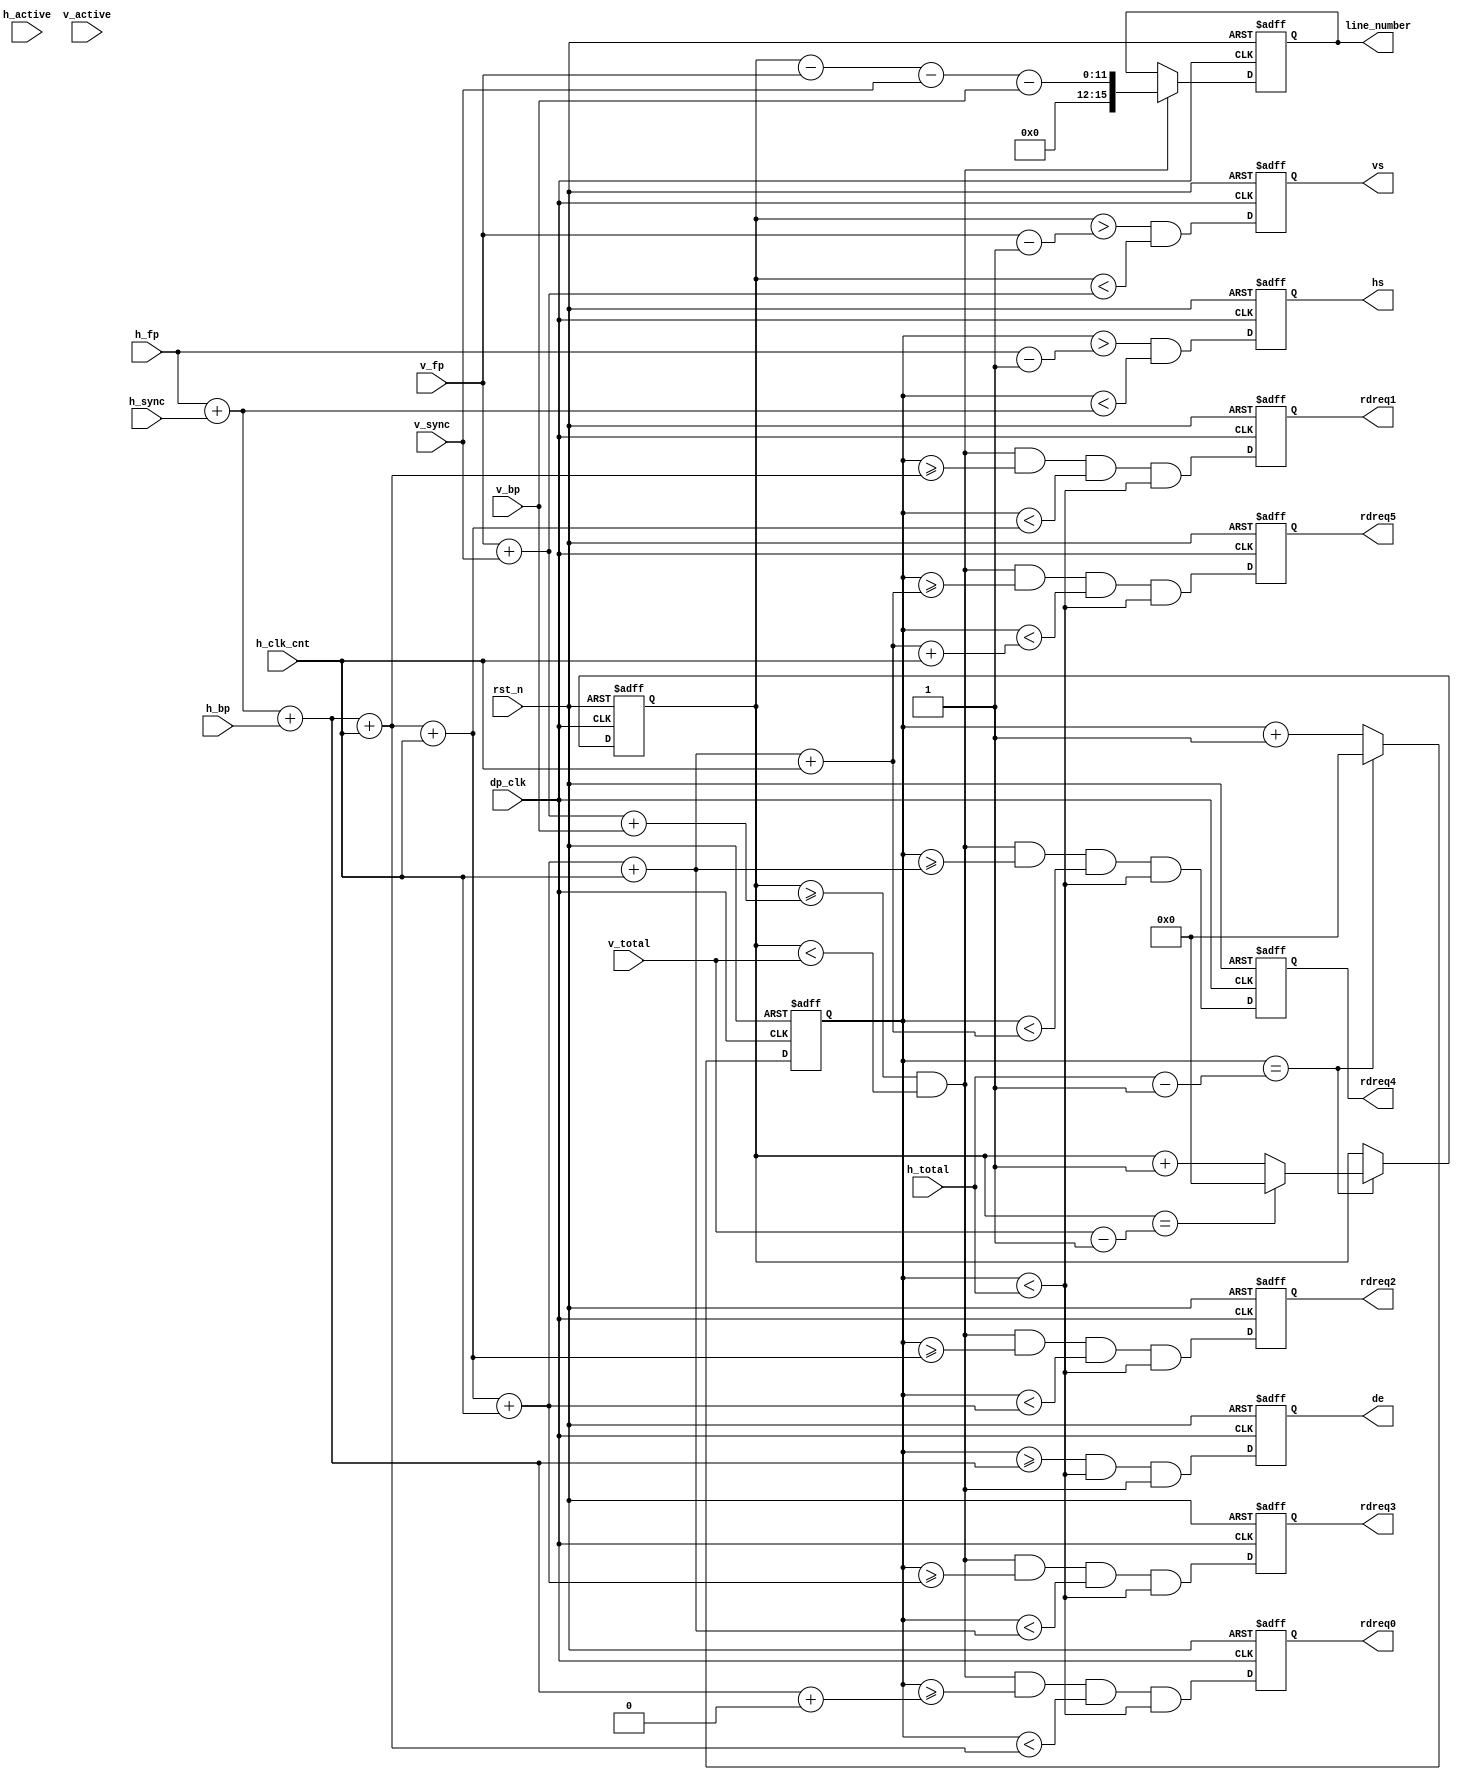
/*******************************************************/
/****                                                  */
/****	*****/
/****                                                  */
/*******************************************************/
/*


*/
module vout_display_timing(
	input rst_n,               /* */
	input dp_clk,              /**/
	input[11:0] h_fp,          /* */
	input[11:0] h_sync,        /* */
	input[11:0] h_bp,          /* */
	input[11:0] h_active,      /* */
	input[11:0] h_total,       /* */
	input[11:0] v_fp,          /**/
	input[11:0] v_sync,        /**/
	input[11:0] v_bp,          /* */
	input[11:0] v_active,      /* */
	input[11:0] v_total,       /* */
	input[11:0] h_clk_cnt,
	output reg rdreq0,
	output reg rdreq1,
	output reg rdreq2,
	output reg rdreq3,
	output reg rdreq4,
	output reg rdreq5,
	output reg[15:0] line_number,
	output hs,                 /* */
	output vs,                 /* */
	output de                  /**/
);
reg[11:0] h_cnt = 12'd0;
reg[11:0] v_cnt = 12'd0;


//parameter PORTLEN = 12'd400;
wire rdreq0_w;
wire rdreq1_w;
wire rdreq2_w;
wire rdreq3_w;
wire rdreq4_w;
wire rdreq5_w;

reg hs_reg;
reg vs_reg;
reg de_reg;

wire hs_net;
wire vs_net;
wire de_net;
wire v_video;
wire h_video;

assign hs_net = (h_cnt > h_fp - 12'd1) && (h_cnt < h_fp + h_sync);/**/
assign h_video = (h_cnt >= h_fp + h_sync + h_bp) && (h_cnt < h_total);
assign v_video = (v_cnt >= v_fp + v_sync + v_bp) && (v_cnt < v_total);
assign vs_net = (v_cnt > v_fp - 12'd1) && (v_cnt < v_fp + v_sync);/**/
assign de_net = h_video && v_video;/**/
assign hs = hs_reg;
assign vs = vs_reg;
assign de = de_reg;

//reg[15:0] line_number; // = v_cnt - v_fp - v_sync - v_bp;

assign rdreq0_w = v_video && (h_cnt >= h_fp + h_sync + h_bp + 12'd0) && ( h_cnt < h_fp + h_sync + h_bp + h_clk_cnt) && (h_cnt < h_total);
assign rdreq1_w = v_video && (h_cnt >= h_fp + h_sync + h_bp + h_clk_cnt) && (h_cnt < h_fp + h_sync + h_bp + h_clk_cnt + h_clk_cnt) && (h_cnt < h_total);
assign rdreq2_w = v_video && (h_cnt >= h_fp + h_sync + h_bp + h_clk_cnt + h_clk_cnt) && (h_cnt < h_fp + h_sync + h_bp + h_clk_cnt + h_clk_cnt + h_clk_cnt) && (h_cnt < h_total);
assign rdreq3_w = v_video && (h_cnt >= h_fp + h_sync + h_bp + h_clk_cnt + h_clk_cnt + h_clk_cnt) && (h_cnt < h_fp + h_sync + h_bp + h_clk_cnt + h_clk_cnt + h_clk_cnt + h_clk_cnt) && (h_cnt < h_total);
assign rdreq4_w = v_video && (h_cnt >= h_fp + h_sync + h_bp + h_clk_cnt + h_clk_cnt + h_clk_cnt + h_clk_cnt) && (h_cnt < h_fp + h_sync + h_bp + h_clk_cnt + h_clk_cnt + h_clk_cnt + h_clk_cnt + h_clk_cnt) && (h_cnt < h_total);
assign rdreq5_w = v_video && (h_cnt >= h_fp + h_sync + h_bp + h_clk_cnt + h_clk_cnt + h_clk_cnt + h_clk_cnt + h_clk_cnt) && (h_cnt < h_fp + h_sync + h_bp + h_clk_cnt + h_clk_cnt + h_clk_cnt + h_clk_cnt + h_clk_cnt + h_clk_cnt) && (h_cnt < h_total);

/**/
always@(posedge dp_clk or negedge rst_n)
begin
	if(!rst_n)
		h_cnt <= 12'd0;
	else if(h_cnt == h_total - 12'd1)
		h_cnt <= 12'd0;
	else
		h_cnt <= h_cnt + 12'd1;		
end
/**/
always@(posedge dp_clk or negedge rst_n)
begin
	if(!rst_n)
		v_cnt <= 12'd0;
	else if(h_cnt == h_total - 12'd1)
		if(v_cnt == v_total - 12'd1)
			v_cnt <= 12'd0;
		else
			v_cnt <= v_cnt + 12'd1;
	else
		v_cnt <= v_cnt;
end

always@(posedge dp_clk or negedge rst_n)
begin
	if(!rst_n)
		line_number <= 16'd0;
	else if (v_video)
		line_number <= {4'd0, v_cnt - v_fp - v_sync - v_bp};
	else
		line_number <= line_number;	
end

/**/
always@(posedge dp_clk or negedge rst_n)
begin
	if(!rst_n)
	begin
		hs_reg <= 1'b0;
		rdreq0 <= 1'b0;
		rdreq1 <= 1'b0;
		rdreq2 <= 1'b0;
		rdreq3 <= 1'b0;
		rdreq4 <= 1'b0;
		rdreq5 <= 1'b0;
	end
	else
	begin
		hs_reg <= hs_net;
		rdreq0 <= rdreq0_w;
		rdreq1 <= rdreq1_w;
		rdreq2 <= rdreq2_w;
		rdreq3 <= rdreq3_w;
		rdreq4 <= rdreq4_w;
		rdreq5 <= rdreq5_w;
	end
end

/**/
always@(posedge dp_clk or negedge rst_n)
begin
	if(!rst_n)
		de_reg <= 1'b0;
	else
		de_reg <= de_net;
end
/**/
always@(posedge dp_clk or negedge rst_n)
begin
	if(!rst_n)
		vs_reg <= 1'b0;
	else
		vs_reg <= vs_net;
end
endmodule